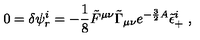
0 = \delta \psi _ { r } ^ { i } = - { \frac { 1 } { 8 } } \tilde { F } ^ { \mu \nu } \tilde { \Gamma } _ { \mu \nu } e ^ { - { \frac { 3 } { 2 } } A } \tilde { \epsilon } _ { + } ^ { i } \ ,